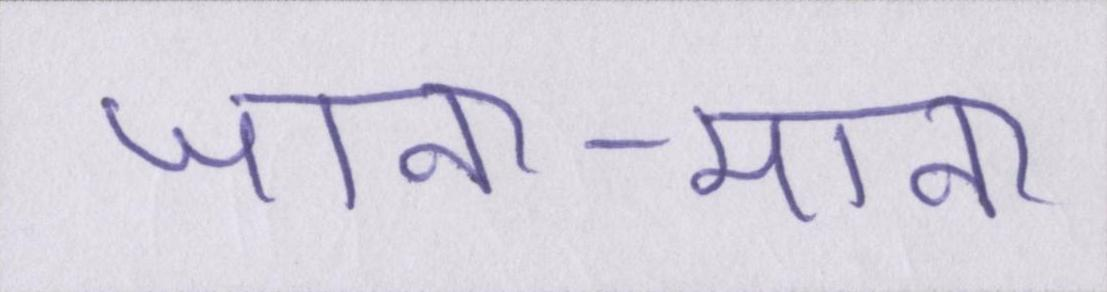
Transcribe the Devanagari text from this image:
जाना-माना